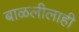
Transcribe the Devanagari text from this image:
बाळलीलाही